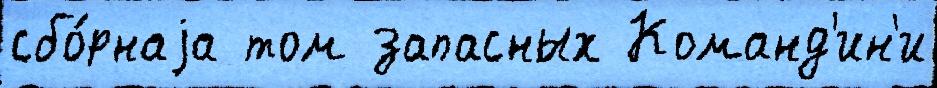
сбо́рнаjа том запасных Команд'ин'и